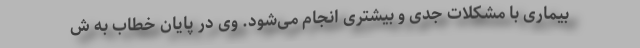
بیماری با مشکلات جدی و بیشتری انجام می‌شود. وی در پایان خطاب به ش